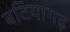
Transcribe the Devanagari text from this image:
बटियागढ़